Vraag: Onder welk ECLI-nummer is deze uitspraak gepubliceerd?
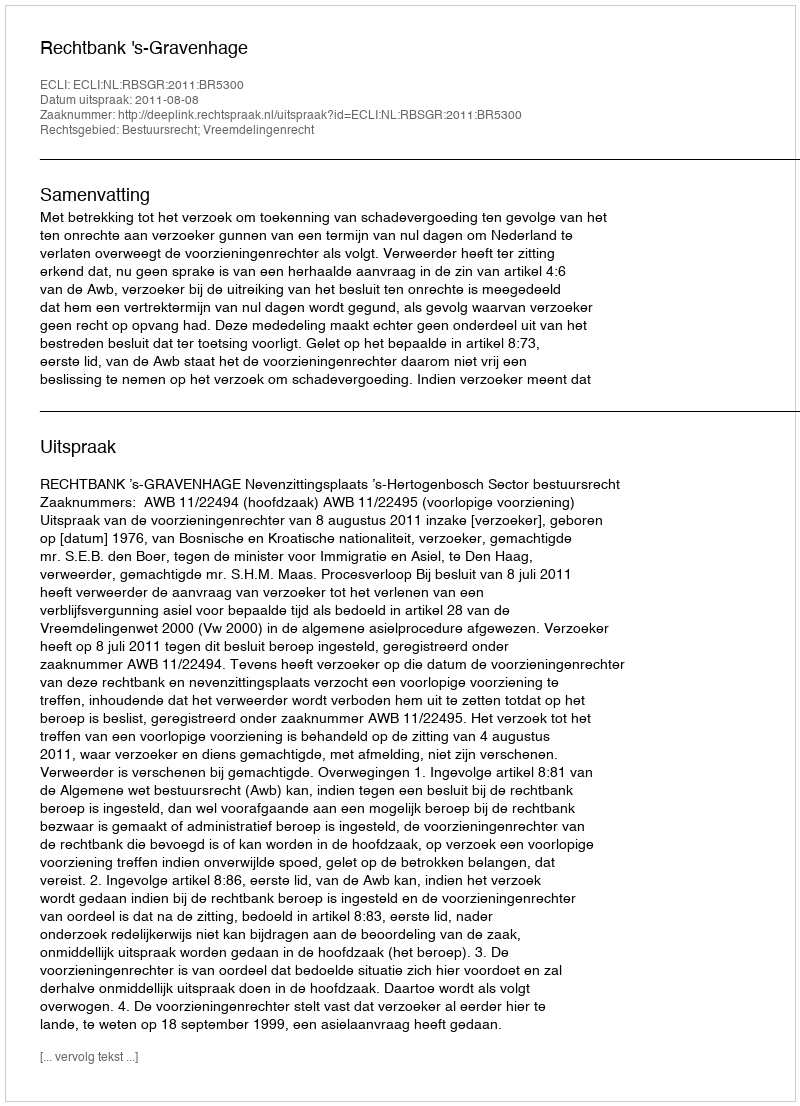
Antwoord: ECLI:NL:RBSGR:2011:BR5300